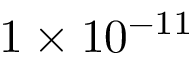
1 \times 1 0 ^ { - 1 1 }